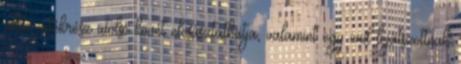
aktív játékrész utolsó kövét elcsúsztathatja, valamint egy end lejátszottnak